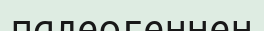
палеогеннен